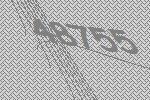
48755